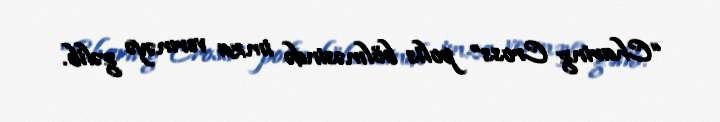
“Charing Cross” polis bölməsində imza verməyə gəlib.